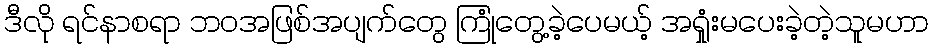
ဒီလို ရင်နာစရာ ဘဝအဖြစ်အပျက်တွေ ကြုံတွေ့ခဲ့ပေမယ့် အရှုံးမပေးခဲ့တဲ့သူမဟာ